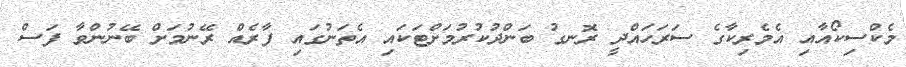
މެކްސިކޯއާއި އެމެރިކާގެ ސަރަހައްދީ ރޮނގު ބަންދުކުރުމަށްޓަކައި އެތަނުގައި ފާރެއް ރޭނުމަށް ބޭނުންވާ ފަސް